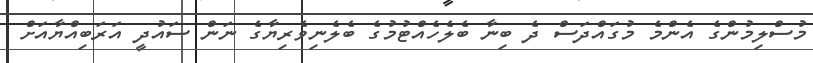
މުސްލިމުންގެ އެންމެ މުގައްދަސް ދެ ބިނާ ބެލެހެއްޓުމުގެ ބެލެނިވެރިޔާގެ ނަން ސައުދީ އަރަބިއްޔާއަށް